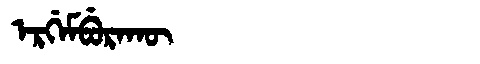
Manchu: ᡝᡵᡤᡝᠮᠪᡠᡵᠠᡴᡡ
Romanization: ERGEMBURAKŪ